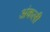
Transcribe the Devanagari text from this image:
अंकली